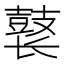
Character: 𱌊